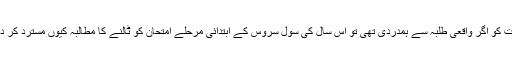
حکومت کو اگر واقعی طلبہ سے ہمدردی تھی تو اس سال کی سول سروس کے ابتدائی مرحلے امتحان کو ٹالنے کا مطالبہ کیوں مسترد کر دیا گیا؟